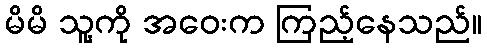
မိမိ သူ့ကို အဝေးက ကြည့်နေသည်။